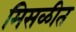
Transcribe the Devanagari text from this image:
मिसळीत